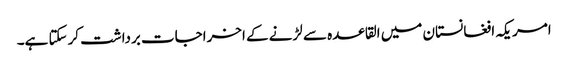
امریکہ افغانستان میں القاعدہ سے لڑنے کے اخراجات برداشت کرسکتا ہے۔